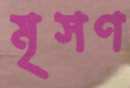
মৃসণ